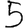
Digit: 5